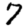
Digit: 7